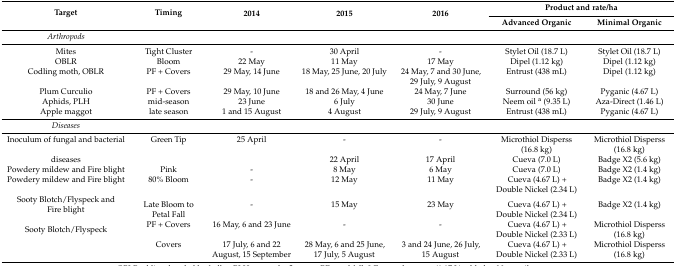
<table><thead><tr><td rowspan="2"><b>Target</b></td><td rowspan="2"><b>Timing</b></td><td rowspan="2"><b>2014</b></td><td rowspan="2"><b>2015</b></td><td rowspan="2"><b>2016</b></td><td colspan="2"><b>Product and rate/ha</b></td></tr><tr><td><b>Advanced Organic</b></td><td><b>Minimal Organic</b></td></tr></thead><tbody><tr><td><i>Arthropods</i></td><td></td><td></td><td></td><td></td><td></td><td></td></tr><tr><td>Mites</td><td>Tight Cluster</td><td>-</td><td>30 April</td><td>-</td><td>Stylet Oil (18.7 L)</td><td>Stylet Oil (18.7 L)</td></tr><tr><td>OBLR</td><td>Bloom</td><td>22 May</td><td>11 May</td><td>17 May</td><td>Dipel (1.12 kg)</td><td>Dipel (1.12 kg)</td></tr><tr><td>Codling moth, OBLR</td><td>PF + Covers</td><td>29 May, 14 June</td><td>18 May, 25 June, 20 July</td><td>24 May, 7 and 30 June, 29 July, 9 August</td><td>Entrust (438 mL)</td><td>Dipel (1.12 kg)</td></tr><tr><td>Plum Curculio</td><td>PF + Covers</td><td>29 May, 10 June</td><td>18 and 26 May, 4 June</td><td>24 May, 7 June</td><td>Surround (56 kg)</td><td>Pyganic (4.67 L)</td></tr><tr><td>Aphids, PLH</td><td>mid-season</td><td>23 June</td><td>6 July</td><td>30 June</td><td>Neem oil <sup>a</sup> (9.35 L)</td><td>Aza-Direct (1.46 L)</td></tr><tr><td>Apple maggot</td><td>late season</td><td>1 and 15 August</td><td>4 August</td><td>29 July, 9 August</td><td>Entrust (438 mL)</td><td>Pyganic (4.67 L)</td></tr><tr><td><i>Diseases</i></td><td></td><td></td><td></td><td></td><td></td><td></td></tr><tr><td>Inoculum of fungal and bacterial</td><td>Green Tip</td><td>25 April</td><td>-</td><td>-</td><td>Microthiol Disperss (16.8 kg)</td><td>Microthiol Disperss (16.8 kg)</td></tr><tr><td>diseases</td><td></td><td></td><td>22 April</td><td>17 April</td><td>Cueva (7.0 L)</td><td>Badge X2 (5.6 kg)</td></tr><tr><td>Powdery mildew and Fire blight</td><td>Pink</td><td>-</td><td>8 May</td><td>6 May</td><td>Cueva (7.0 L)</td><td>Badge X2 (1.4 kg)</td></tr><tr><td>Powdery mildew and Fire blight</td><td>80% Bloom</td><td>-</td><td>12 May</td><td>11 May</td><td>Cueva (4.67 L) + Double Nickel (2.34 L)</td><td>Badge X2 (1.4 kg)</td></tr><tr><td>Sooty Blotch/Flyspeck and Fire blight</td><td>Late Bloom to Petal Fall</td><td>-</td><td>15 May</td><td>23 May</td><td>Cueva (4.67 L) + Double Nickel (2.34 L)</td><td>Badge X2 (1.4 kg)</td></tr><tr><td rowspan="2">Sooty Blotch/Flyspeck</td><td>PF + Covers</td><td>16 May, 6 and 23 June</td><td>-</td><td>-</td><td>Cueva (4.67 L) + Double Nickel (2.33 L)</td><td>Microthiol Disperss (16.8 kg)</td></tr><tr><td>Covers</td><td>17 July, 6 and 22 August, 15 September</td><td>28 May, 6 and 25 June, 17 July, 5 August</td><td>3 and 24 June, 26 July, 15 August</td><td>Cueva (4.67 L) + Double Nickel (2.33 L)</td><td>Microthiol Disperss (16.8 kg)</td></tr></tbody></table>